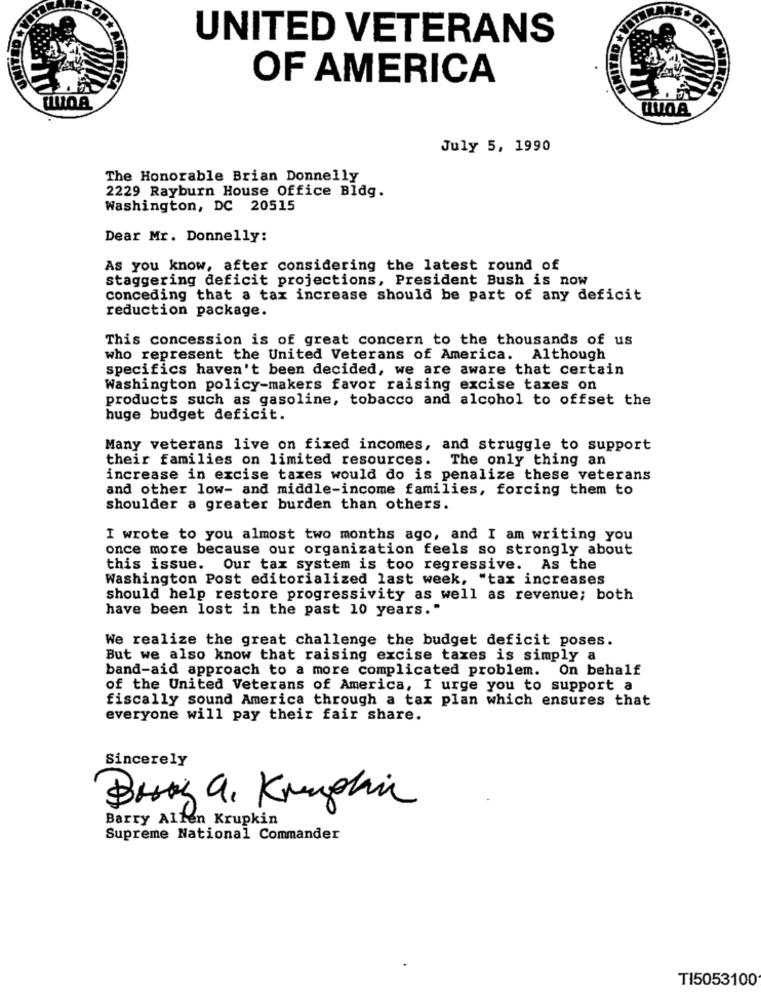
UNITED VETERANS
OF AMERICA
July 5, 1990
The Honorable Brian Donnelly
2229 Rayburn House Office Bldg.
Washington, DC 20515
Dear Mr. Donnelly:
As you know, after considering the latest round of
staggering deficit projections, President Bush is now
conceding that a tax increase should be part of any deficit
reduction package.
This concession is of great concern to the thousands of us
who represent the United Veterans of America. Although
specifics haven't been decided, we are aware that certain
Washington policy-makers favor raising excise taxes on
products such as gasoline, tobacco and alcohol to offset the
huge budget deficit.
Many veterans live on fixed incomes, and struggle to support
their families on limited resources.
The only thing an
increase in excise taxes would do is penalize these veterans
and other low- and middle-income families, forcing them to
shoulder a greater burden than others.
I wrote to you almost two months ago, and I am writing you
once more because our organization feels so strongly about
this issue. Our tax system is too regressive. As the
Washington Post editorialized last week, "tax increases
should help restore progressivity as well as revenue; both
have been lost in the past 10 years."
We realize the great challenge the budget deficit poses.
But we also know that raising excise taxes is simply a
band-aid approach to a more complicated problem. On behalf
of the United Veterans of America, I urge you to support a
fiscally sound America through a tax plan which ensures that
everyone will pay their fair share.
Sincerely
Besky a, Krughin
Barry Allen Krupkin
Supreme National Commander
TI5053100